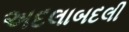
અદલાબદલી